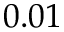
0 . 0 1